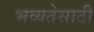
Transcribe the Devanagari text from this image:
भव्यतेसाठी